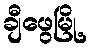
ချီဖွေမြို့